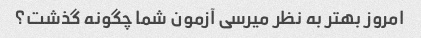
امروز بهتر به نظر میرسی آزمون شما چگونه گذشت؟